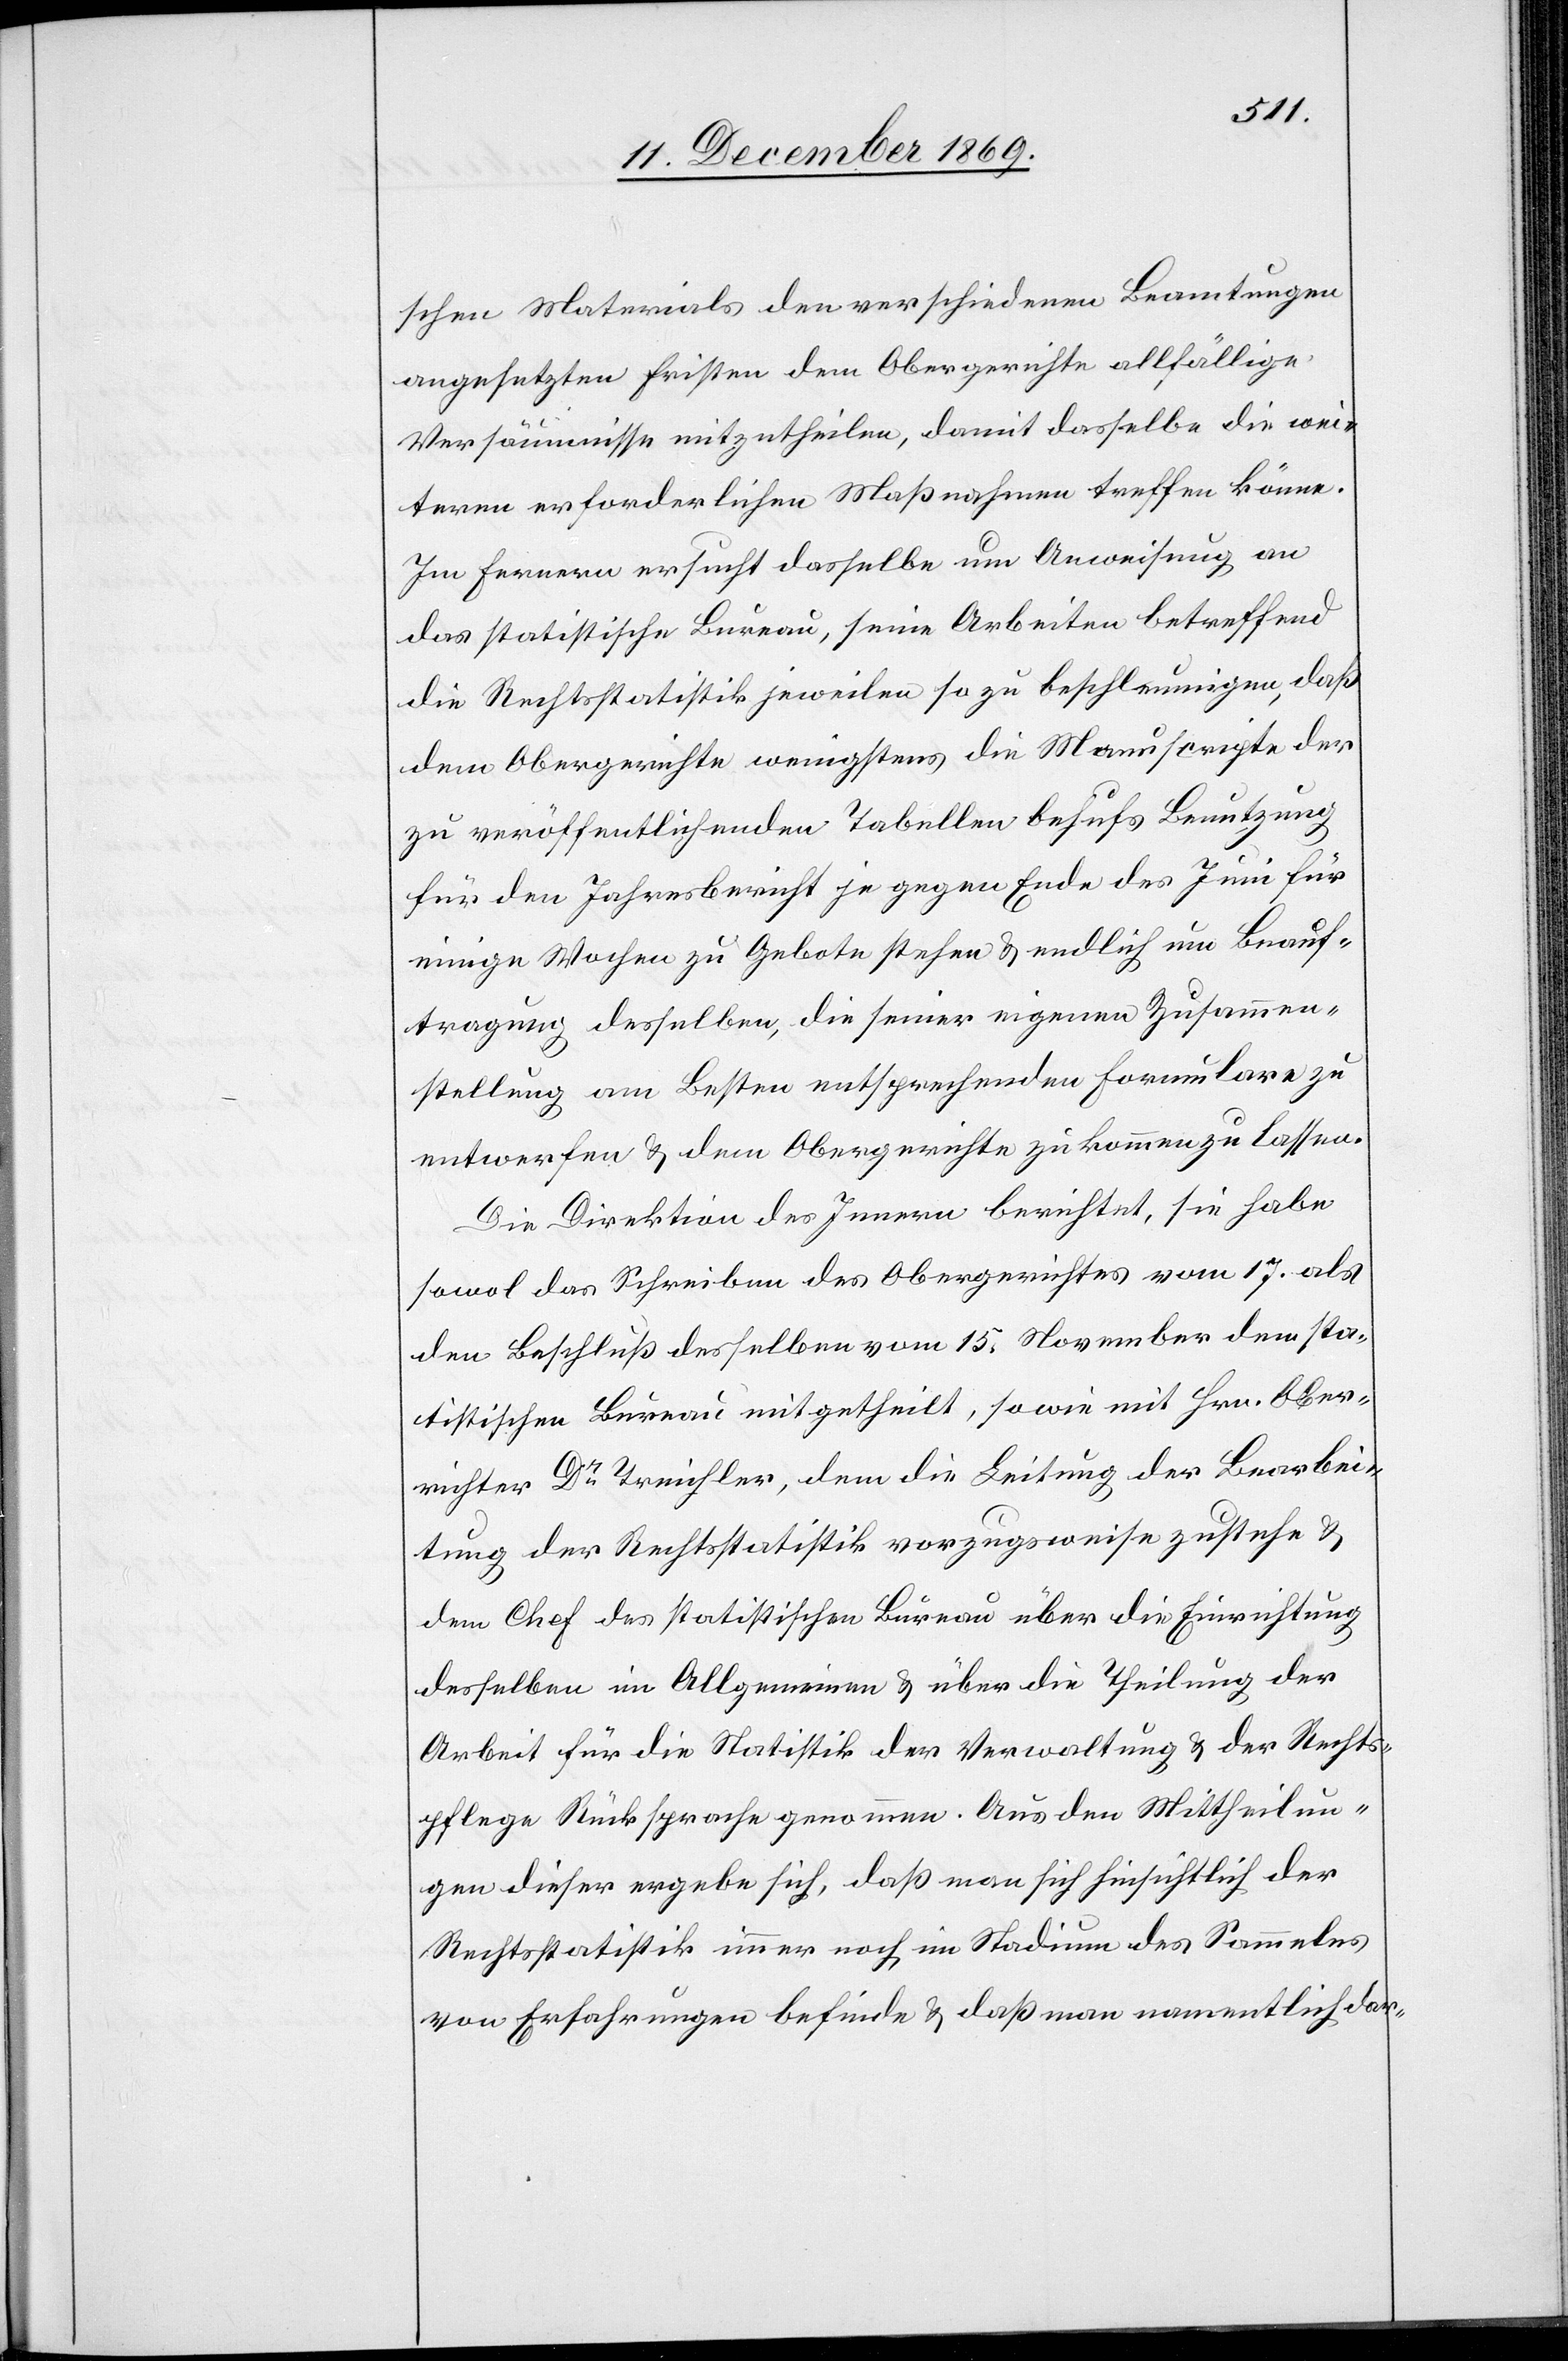
schen Materials den verschiedenen Beamtungen
angesetzten Fristen dem Obergerichte allfällige
Versäumnisse mitzutheilen, damit dasselbe die wei¬
teren erforderlichen Maßnahmen treffen könne.
Im Fernern ersucht dasselbe um Anweisung an
das statistische Bureau, seine Arbeiten betreffend
die Rechtsstatistik jeweilen so zu beschleunigen, daß
dem Obergerichte wenigstens die Manuscripte der
zu veröffentlichenden Tabellen behufs Benutzung
für den Jahresbericht je gegen Ende des Juni für
einige Wochen zu Gebote stehen & endlich um Beauf¬
tragung desselben, die seiner eigenen Zusammen¬
stellung am Besten entsprechenden Formulare zu
entwerfen & dem Obergerichte zukommen zu lassen.
Die Direktion des Innern berichtet, sie habe
sowol das Schreiben des Obergerichtes vom 17. als
den Beschluß desselben vom 15. November dem sta¬
tistischen Bureau mitgetheilt, sowie mit Hrn. Ober¬
richter Dr Treichler, dem die Leitung der Bearbei¬
tung der Rechtsstatistik vorzugsweise zustehe &
dem Chef des statistischen Bureau über die Einrichtung
desselben im Allgemeinen & über die Theilung der
Arbeit für die Statistik der Verwaltung & der Rechts¬
pflege Rücksprache genommen. Aus den Mittheilun¬
gen dieser ergebe sich, daß man sich hinsichtlich der
Rechtsstatistik immer noch im Stadium des Sammelns
von Erfahrungen befinde & daß man namentlich dar-